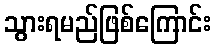
သွားရမည်ဖြစ်ကြောင်း